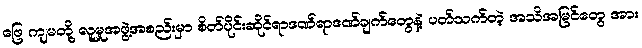
ဖြေ ကျမတို့ လူမှုအဖွဲ့အစည်းမှာ စိတ်ပိုင်းဆိုင်ရာဒဏ်ရာဒဏ်ချက်တွေနဲ့ ပတ်သက်တဲ့ အသိအမြင်တွေ အား